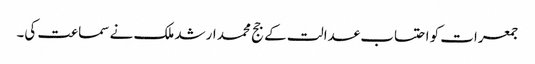
جمعرات کو احتساب عدالت کے جج محمد ارشد ملک نے سماعت کی۔